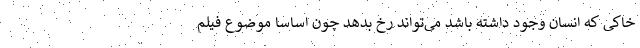
خاکی که انسان وجود داشته باشد می‌تواند رخ بدهد چون اساسا موضوع فیلم